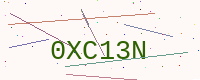
Text: 0XC13N